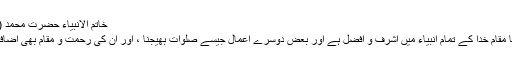
خاتم‌ الانبیاء حضرت محمد (ص) کا مقام خدا کے تمام انبیاء میں اشرف و افضل ہے
انہوں نے بیان کیا : خاتم‌ الانبیاء حضرت محمد (ص) کا مقام خدا کے تمام انبیاء میں اشرف و افضل ہے اور بعض دوسرے اعمال جیسے صلوات بھیجنا ، اور ان کی رحمت و مقام بھی اضافہ ہوتا ہے چاہے پیغمبر ہمارے درمیان موجود نہ ہوں ۔